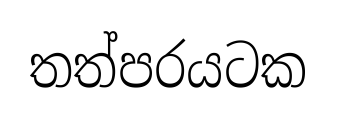
තත්පරයටක